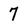
Character: 7